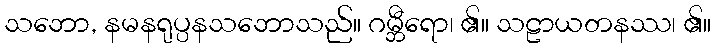
သဘော, နမနရုပ္ပနသဘောသည်။ ဂမ္ဘီရော၊ ၏။ သဠာယတနဿ၊ ၏။